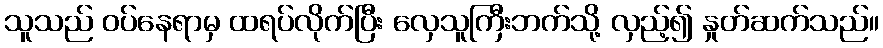
သူသည် ဝပ်နေရာမှ ထရပ်လိုက်ပြီး လှေသူကြီးဘက်သို့ လှည့်၍ နှုတ်ဆက်သည်။